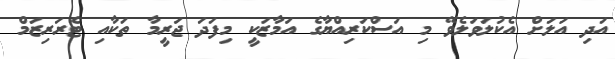
އަދި އަލަށް އެކުލަވަލެވޭ މި އަސްކަރިއްޔާގެ އަމާޒަކީ މިފަދަ ޖަރީމާ ތަކާއި ޓެރަރިޒަމް